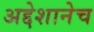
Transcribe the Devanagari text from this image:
अद्देशानेच